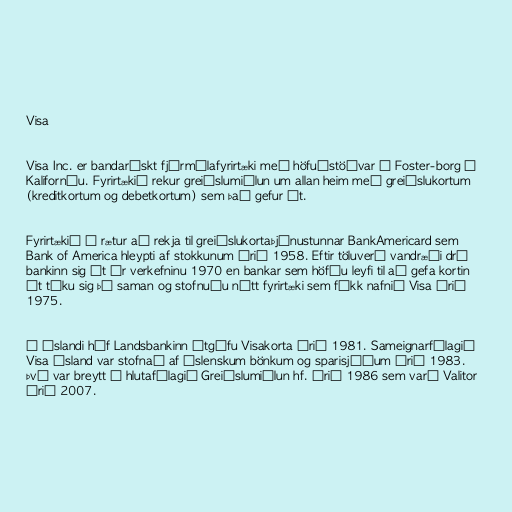
Visa

Visa Inc. er bandarískt fjármálafyrirtæki með höfuðstöðvar í Foster-borg í
Kaliforníu. Fyrirtækið rekur greiðslumiðlun um allan heim með greiðslukortum
(kreditkortum og debetkortum) sem það gefur út.

Fyrirtækið á rætur að rekja til greiðslukortaþjónustunnar BankAmericard sem
Bank of America hleypti af stokkunum árið 1958. Eftir töluverð vandræði dró
bankinn sig út úr verkefninu 1970 en bankar sem höfðu leyfi til að gefa kortin
út tóku sig þá saman og stofnuðu nýtt fyrirtæki sem fékk nafnið Visa árið
1975.

Á Íslandi hóf Landsbankinn útgáfu Visakorta árið 1981. Sameignarfélagið
Visa Ísland var stofnað af íslenskum bönkum og sparisjóðum árið 1983.
Því var breytt í hlutafélagið Greiðslumiðlun hf. árið 1986 sem varð Valitor
árið 2007.